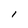
Character: l